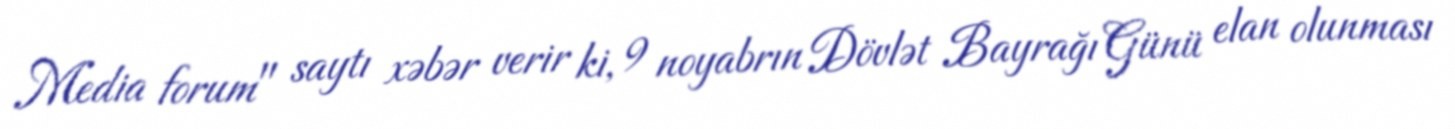
Media forum" saytı xəbər verir ki, 9 noyabrın Dövlət Bayrağı Günü elan olunması